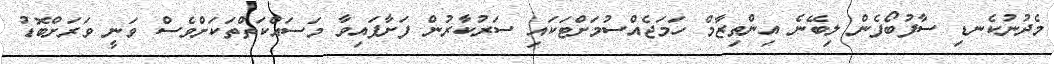
މެދުނުކެނޑި ސާފުބޯފެން ލިބޭނެ އިންތިޒާމް ހަމަޖެއްސުމަށްޓަކައި ސަރުކާރުން ފަށާފައިވާ މަސައްކަތްތަކަށްވެސް ވަނީ ވަރަށްބޮޑު